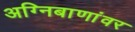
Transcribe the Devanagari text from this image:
अग्निबाणांवर